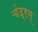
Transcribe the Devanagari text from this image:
चंद्रम्